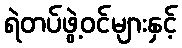
ရဲတပ်ဖွဲ့ဝင်များနှင့်